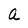
Character: a